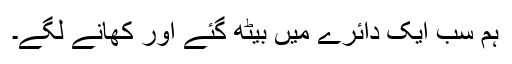
ہم سب ایک دائرے میں بیٹھ گئے اور کھانے لگے۔